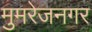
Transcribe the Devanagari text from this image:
मुमरेजनगर